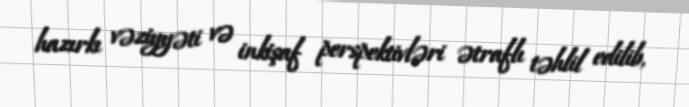
hazırkı vəziyyəti və inkişaf perspektivləri ətraflı təhlil edilib,